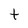
Character: t